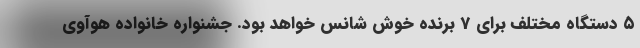
۵ دستگاه مختلف برای 7 برنده خوش شانس خواهد بود. جشنواره خانواده هوآوی